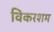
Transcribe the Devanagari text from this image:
विकरशम